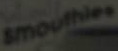
Smoothiee